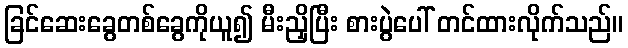
ခြင်ဆေးခွေတစ်ခွေကိုယူ၍ မီးညှိပြီး စားပွဲပေါ် တင်ထားလိုက်သည်။